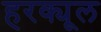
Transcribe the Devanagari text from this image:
हरक्यूल